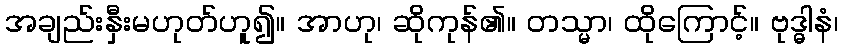
အချည်းနှီးမဟုတ်ဟူ၍။ အာဟု၊ ဆိုကုန်၏။ တသ္မာ၊ ထိုကြောင့်။ ဗုဒ္ဓါနံ၊